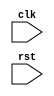
module my_module (
    input wire clk,
    input wire rst,
    // other input and output ports
);

always @ (posedge clk or negedge rst) begin
    if (!rst) begin
        // reset logic here
    end else begin
        // synchronous logic here
    end
end

// other logic here

endmodule